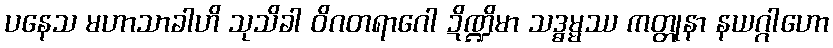
ပနေသ မဟာသာခါဟိ သုသိခါ ဝိဂတရာဂေါ ဍိဏ္ဍိမာ သဒ္ဓမ္မဿ ကတ္တုနာ နယဂ္ဂါဟော